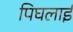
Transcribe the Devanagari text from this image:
पिघलाई